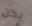
يكن